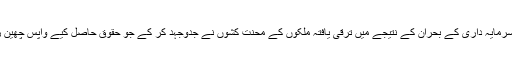
آج یہاں سرمایہ داری کے بحران کے نتیجے میں ترقی یافتہ ملکوں کے محنت کشوں نے جدوجہد کر کے جو حقوق حاصل کیے واپس چھین رہی ہے۔